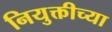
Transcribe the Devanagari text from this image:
नियुक्तीच्या